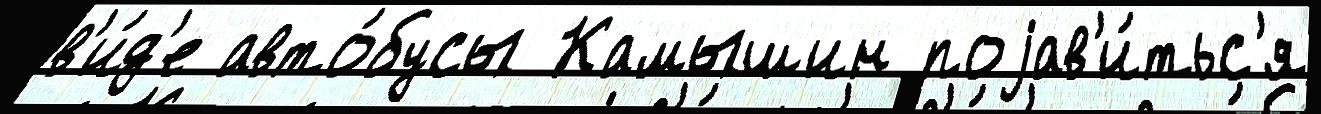
в'и́д'е авто́бусы Камышин поjав'и́тьс'я